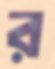
র